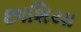
છાશિયા